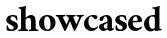
showcased